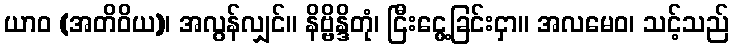
ယာဝ (အတိဝိယ)၊ အလွန်လျှင်။ နိဗ္ဗိန္ဒိတုံ၊ ငြီးငွေ့ခြင်းငှာ။ အလမေဝ၊ သင့်သည်